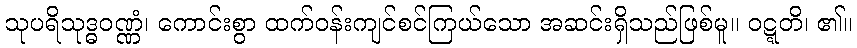
သုပရိသုဒ္ဓဝဏ္ဏံ၊ ကောင်းစွာ ထက်ဝန်းကျင်စင်ကြယ်သော အဆင်းရှိသည်ဖြစ်မူ။ ဝဋ္ဋတိ၊ ၏။